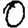
Digit: 0